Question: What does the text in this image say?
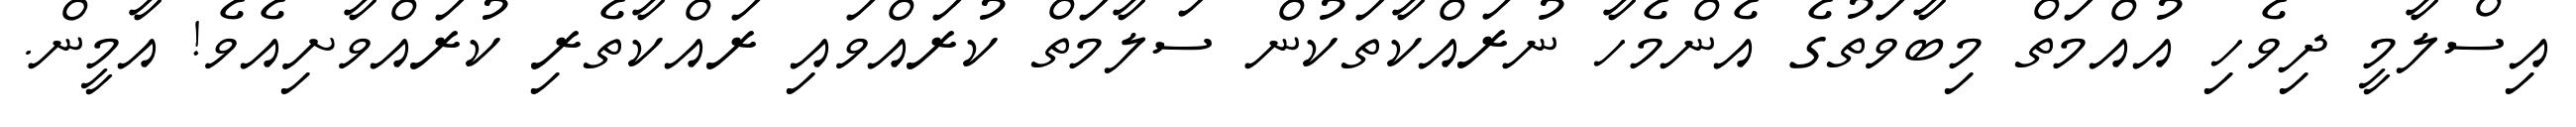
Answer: އިސްލާމީ ދިވެހި އުއްމަތް މިބާވަތުގެ އެންމެހާ ނުރައްކާތަކުން ސަލާމަތް ކުރައްވައި ރައްކާތެރި ކުރައްވާށިއެވެ! އާމީން.